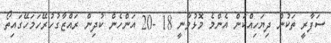
ސަފާރީ ތަކުން ދިޔަހިއްކަން އެންމެ މޮޅުވާނީ 18 -20 އަންހެން ކުދިން ރައްޒާގުހުރޭހަމަހޭގައިތޯ